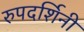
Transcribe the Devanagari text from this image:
रुपदर्शिनी